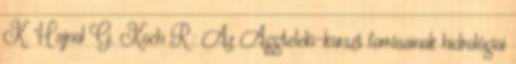
K. Hajnal G. Koch R.: Az Aggteleki-karszt forrásainak hidrológiai